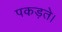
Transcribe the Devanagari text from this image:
पकड़ते।